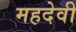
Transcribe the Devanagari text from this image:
महदेवी